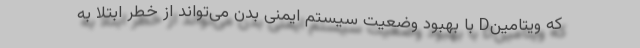
که ویتامینD با بهبود وضعیت سیستم ایمنی بدن می‌تواند از خطر ابتلا به